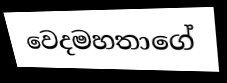
වෙදමහතාගේ